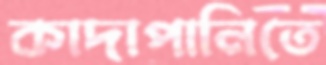
কাদাপানিতে